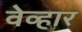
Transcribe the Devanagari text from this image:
वेव्हार